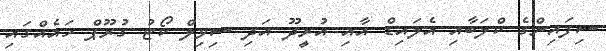
ސިފައިންގެ ކްލަބާއި އެލައިޑް އާއި އުރީދޫ އަދި ސިވިލް ކޯޓު ގުރޫޕް ހައެއްގައި